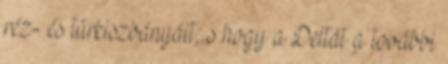
réz- és türkiszbányáit; s hogy a Deltát a további